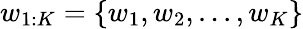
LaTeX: w_{1:K}=\{ w_{1},w_{2},...,w_{K}\}